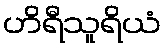
ဟိရီသူရိယံ